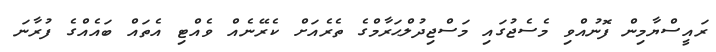
ރައީސްޔާމިން ފޮނުއްވި މެސެޖުގައި މަސްޖިދުލްޙަރާމްގެ ތެރެއަށް ކެރޭނެއް ވެއްޓި އެތައް ބައެއްގެ ފުރާނަ